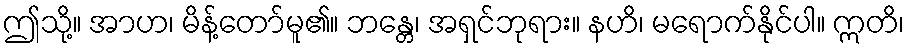
ဤသို့။ အာဟ၊ မိန့်တော်မူ၏။ ဘန္တေ၊ အရှင်ဘုရား။ နဟိ၊ မရောက်နိုင်ပါ။ ဣတိ၊